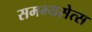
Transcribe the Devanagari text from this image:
समभ्यसेत्स